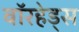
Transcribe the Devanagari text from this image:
वाॅरहेड्स